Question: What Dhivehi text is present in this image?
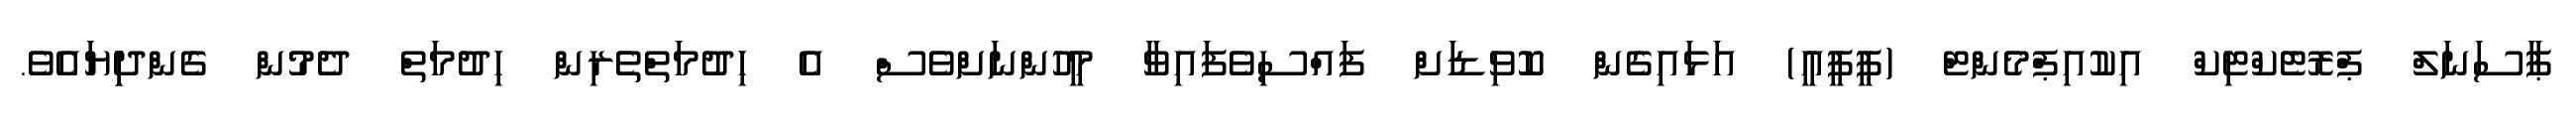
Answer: ޕާސަނަލް ޕްރޮޓެކްޓިކް އިކުއިޕްމެންޓް (ޕީޕީއީ) އަޅައިގެން ކޮވިޑަށް ފައްސިވެފައިވާ މީހުންނަށްވެސް އެ ހިދުމަތްތެރިން ހިދުމަތް ދެމުން ގެންދިިޔައެވެ.